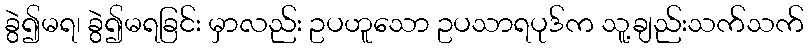
ခွဲ၍မရ၊ ခွဲ၍မရခြင်း မှာလည်း ဥပဟူသော ဥပသာရပုဒ်က သူ့ချည်းသက်သက်